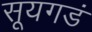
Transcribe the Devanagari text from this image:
सूयगडं